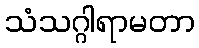
သံသဂ္ဂါရာမတာ